65_HS1-834228961_62-HQ-83894_SUB_A
Agency: FBI
Page 120
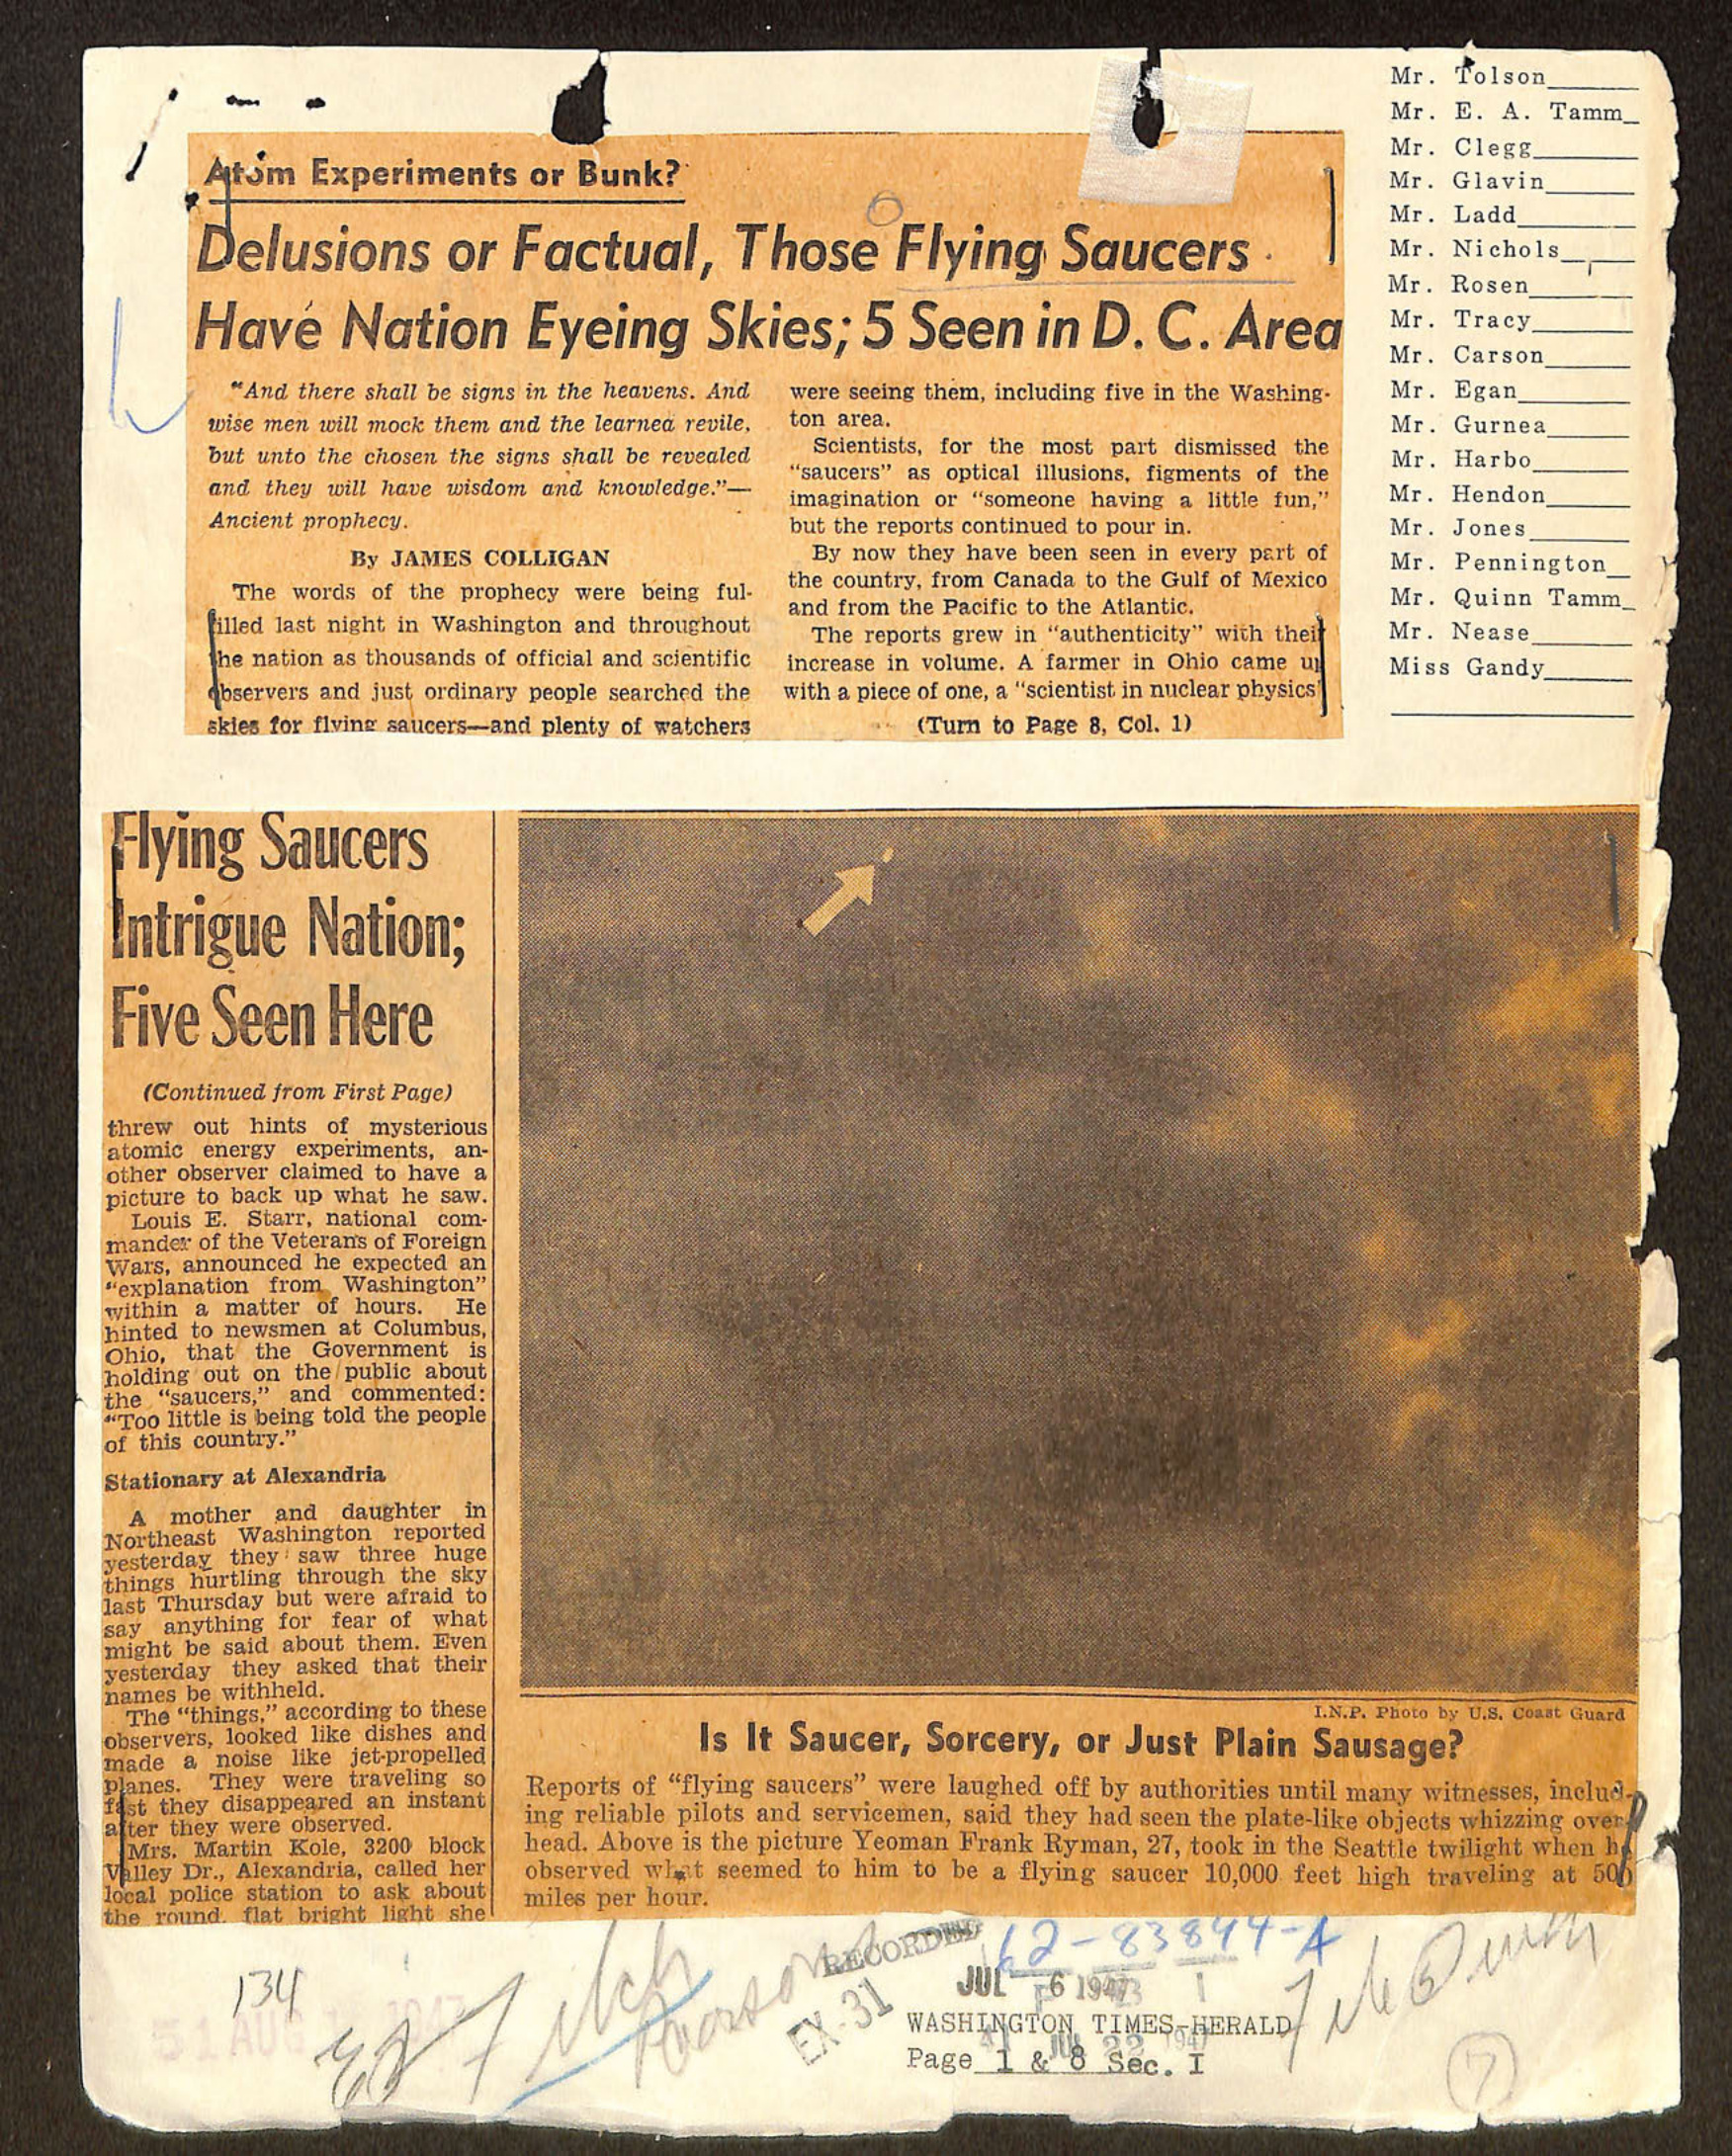